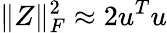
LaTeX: \Vert Z\Vert_{F}^{2}\approx 2u^{T}u